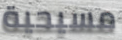
مسيحية